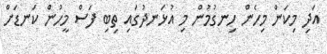
އަދި މިކަން މިހެން ހިނގުމުން މި އުޅަނދުގައި ތިބި ފަސް މީހުން ކަނޑަށް